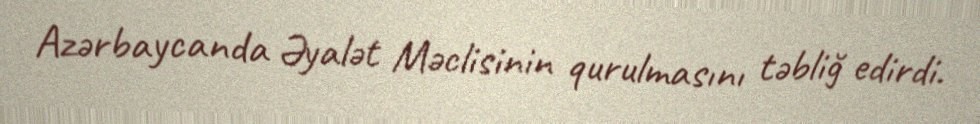
Azərbaycanda Əyalət Məclisinin qurulmasını təbliğ edirdi.